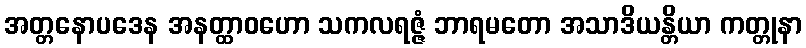
အတ္တနောပဒေန အနတ္ထာဝဟော သကလရဇ္ဇံ ဘာရမတော အသာဒိယန္တိယာ ကတ္တုနာ